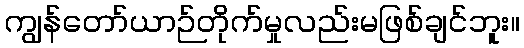
ကျွန်တော်ယာဉ်တိုက်မှုလည်းမဖြစ်ချင်ဘူး။